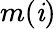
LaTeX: m(\mathit{i})